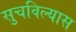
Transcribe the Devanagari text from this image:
सुचविल्यास